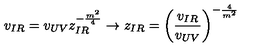
v _ { I R } = v _ { U V } z _ { I R } ^ { - \frac { m ^ { 2 } } { 4 } } \to z _ { I R } = \left( \frac { v _ { I R } } { v _ { U V } } \right) ^ { - \frac { 4 } { m ^ { 2 } } }